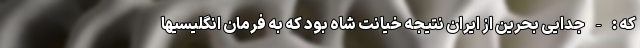
که : - جدایی بحرین از ایران نتیجه خیانت شاه بود که به فرمان انگلیسیها